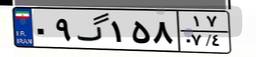
۵۸گ۳۵۷۷۴